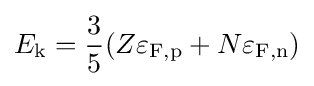
E_{\text{k}}={\frac {3}{5}}(Z\varepsilon _{\text{F,p}}+N\varepsilon _{\text{F,n}})